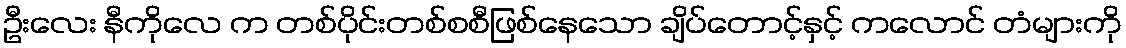
ဦးလေး နီကိုလေ က တစ်ပိုင်းတစ်စစီဖြစ်နေသော ချိပ်တောင့်နှင့် ကလောင် တံများကို